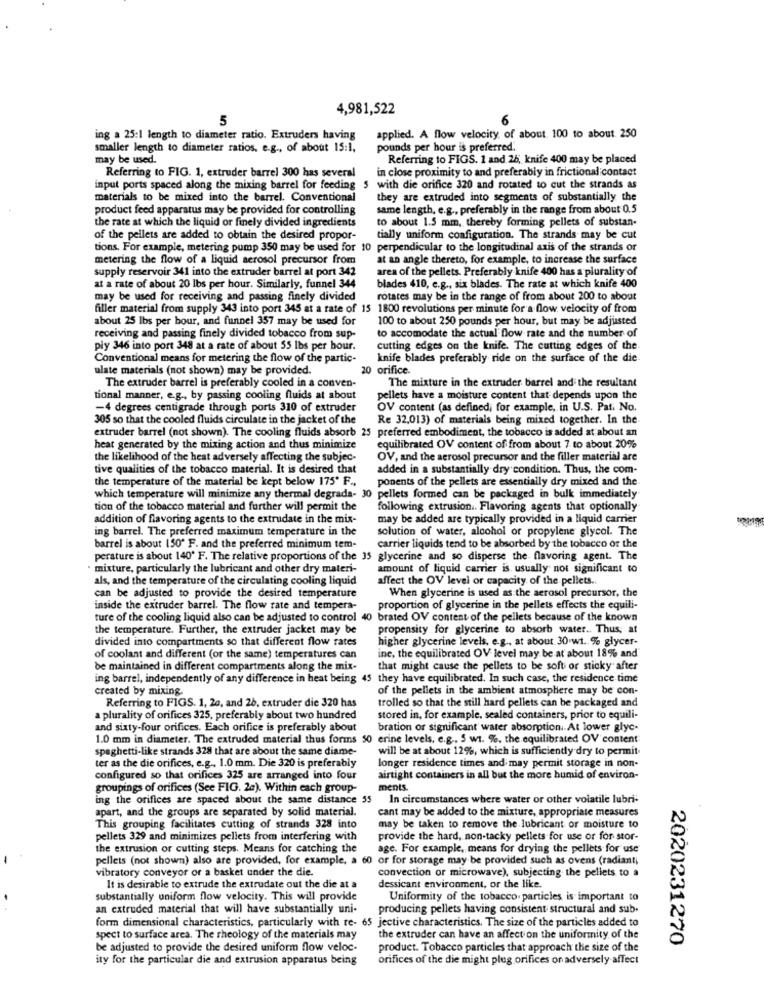
4,981,522
5
ing a 25:1 length to diameter ratio. Extruders having
applied. A flow velocity of about 100 to about 250
smaller length to diameter ratios. e.g ., of about 15:1,
pounds per hour is preferred.
may be used.
Referring to FIGS. 1 and 26, knife 400 may be placed
in close proximity to and preferably in frictional contact
Referring to FIG. 1, extruder barrel 300 has several
input ports spaced along the mixing barrel for feeding
5 with die orifice 320 and rotated to cut the strands as
materials to be mixed into the barrel. Conventional
they are extruded into segments of substantially the
product feed apparatus may be provided for controlling
same length, e.g ., preferably in the range from about 0.5
the rate at which the liquid or finely divided ingredients
to about 1.5 mm, thereby forming pellets of substan-
of the pellets are added to obtain the desired propor-
tially uniform configuration. The strands may be cut
tions. For example, metering pump 350 may be used for 10 perpendicular to the longitudinal axis of the strands or
metering the flow of a liquid aerosol precursor from
at an angle thereto, for example, to increase the surface
supply reservoir 341 into the extruder barrel at port 342
area of the pellets. Preferably knife 400 has a plurality of
at a rate of about 20 lbs per hour. Similarly, funnel 344
blades 410, e.g ., six blades. The rate at which knife 400
may be used for receiving and passing finely divided
rotates may be in the range of from about 200 to about
filler material from supply 343 into port 345 at a rate of 15 1800 revolutions per minute for a flow velocity of from
about 25 lbs per bour, and funnel 357 may be used for
100 to about 250 pounds per hour, but may be adjusted
receiving and passing finely divided tobacco from sup-
to accomodate the actual flow rate and the number of
ply 346 into port 348 at a rate of about 55 lbs per hour.
cutting edges on the knife. The cutting edges of the
Conventional means for metering the flow of the partic-
knife blades preferably ride on the surface of the die
ulate materials (not shown) may be provided.
20 orifice.
The extruder barrel is preferably cooled in a conven-
The mixture in the extruder barrel and the resultant
tional manner, e.g ., by passing cooling fluids at about
pellets have a moisture content that depends upon the
-4 degrees centigrade through ports 310 of extruder
OV content (as defined, for example, in U.S. Pat, No.
305 so that the cooled fluids circulate in the jacket of the
Re 32,013) of materials being mixed together. In the
extruder barrel (not shown). The cooling fluids absorb 25 preferred embodiment, the tobacco is added at about an
heat generated by the mixing action and thus minimize
equilibrated OV content of from about 7 to about 20%
the likelihood of the heat adversely affecting the subjec-
OV, and the aerosol precursor and the filler material are
tive qualities of the tobacco material. It is desired that
added in a substantially dry condition. Thus, the com-
the temperature of the material be kept below 175' F .,
ponents of the pellets are essentially dry mixed and the
which temperature will minimize any thermal degrada- 30
pellets formed can be packaged in bulk immediately
tion of the tobacco material and further will permit the
following extrusion .. Flavoring agents that optionally
addition of flavoring agents to the extrudate in the mix-
may be added are typically provided in a liquid carrier
ing barrel. The preferred maximum temperature in the
solution of water, alcohol or propylene glycol. The
barrel is about 150" F. and the preferred minimum tem-
carrier liquids tend to be absorbed by the tobacco or the
perature is about 140' F. The relative proportions of the 35 glycerine and so disperse the flavoring agent. The
mixture, particularly the lubricant and other dry materi-
amount of liquid carrier is. usually not significant to
als, and the temperature of the circulating cooling liquid
affect the OV level or capacity of the pellets ..
When glycerine is used as the aerosol precursor, the
can be adjusted to provide the desired temperature
inside the extruder barrel. The flow rate and tempera-
proportion of glycerine in the pellets effects the equili-
ture of the cooling liquid also can be adjusted to control 40 brated OV content of the pellets because of the known
the temperature. Further, the extruder jacket may be
propensity for glycerine to absorb water .. Thus, at
divided into compartments so that different flow rates
higher glycerine levels, e.g ., at about 30 wt. % glycer-
ine, the equilibrated OV level may be at about 18% and
of coolant and different (or the same) temperatures can
be maintained in different compartments along the mix-
that might cause the pellets to be soft or sticky after
ing barrel, independently of any difference in heat being 45 they have equilibrated. In such case, the residence time
created by mixing
of the pellets in the ambient atmosphere may be con-
Referring to FIGS. 1, 20, and 26, extruder die 320 has
trolled so that the still hard pellets can be packaged and
a plurality of orifices 325, preferably about two hundred
stored in, for example, sealed containers, prior to equili-
and sixty-four orifices. Each orifice is preferably about
bration or significant water absorption. At lower glyc-
1.0 mm in diameter. The extruded material thus forms 50 erine levels, e.g ., 5 wt. %, the equilibrated OV content
spaghetti-like strands 328 that are about the same diame-
will be at about 12%, which is sufficiently dry to permit
longer residence times and may permit storage in non-
ter as the die orifices, e.g ., 1.0 mm. Die 320 is preferably
configured so that orifices 325 are arranged into four
airtight containers in all but the more humid of environ-
groupings of orifices (See FIG. 2a). Within each group-
ments.
ing the orifices are spaced about the same distance 55 In circumstances where water or other volatile lubri-
apart, and the groups are separated by solid material.
cant may be added to the mixture, appropriate measures
This grouping facilitates cutting of strands 328 into
may be taken to remove the lubricant or moisture to
pellets 329 and minimizes pellets from interfering with
provide the hard, non-tacky pellets for use or for stor-
the extrusion or cutting steps. Means for catching the
age. For example, means for drying the pellets for use
pellets (not shown) also are provided, for example, a 60 or for storage may be provided such as ovens (radiant
vibratory conveyor or a basket under the die.
convection or microwave), subjecting the pellets to a
It is desirable to extrude the extrudate out the die at a
dessicant environment, or the like.
substantially uniform flow velocity. This will provide
Uniformity of the tobacco. particles is important to
an extruded material that will have substantially uni-
producing pellets having consistent structural and sub.
form dimensional characteristics, particularly with re- 65 jective characteristics. The size of the particles added to
spect to surface area. The rheology of the materials may
the extruder can have an affect on the uniformity of the
2020231270
be adjusted to provide the desired uniform flow veloc-
product. Tobacco particles that approach the size of the
ity for the particular die and extrusion apparatus being
orifices of the die might plug orifices on adversely affect